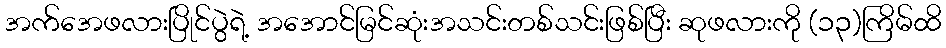
အက်အေဖလားပြိုင်ပွဲရဲ့ အအောင်မြင်ဆုံးအသင်းတစ်သင်းဖြစ်ပြီး ဆုဖလားကို (၁၃)ကြိမ်ထိ